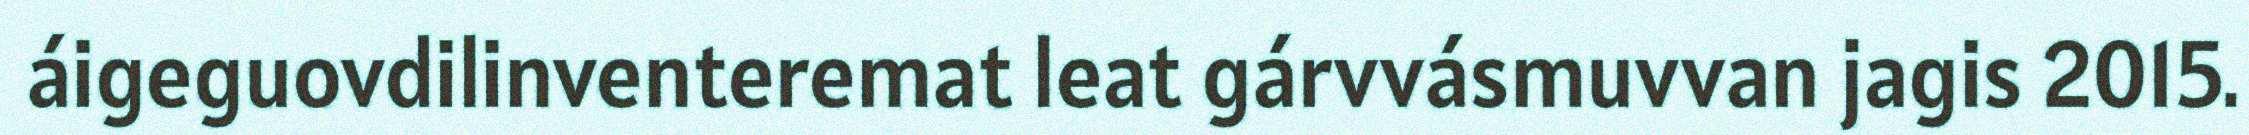
áigeguovdilinventeremat leat gárvvásmuvvan jagis 2015.